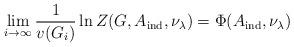
LaTeX: \begin{align*}\lim_{i\to \infty}\frac{1}{v(G_i)}\ln Z(G,A_{\mathrm{ind}},\nu_{\lambda})=\Phi(A_{\mathrm{ind}},\nu_{\lambda})\end{align*}